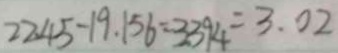
2 2 . 4 5 - 1 9 . 1 5 6 = 3 . 3 9 4 = 3 . 0 2